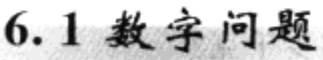
\(6.1\) 数字问题